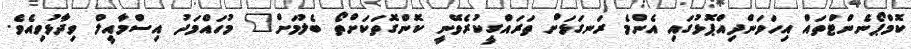
ކޮމްޕޯނެންޓްތައް އިހަވަންދިއްޕޮޅުގައި އެންމެ ރަނގަޅަށް ތަރައްގީކުރެވޭނީ ކޮންގޮތަކަށްތޯ ބެލުމަށް" މުހައްމަދު އިސްމާއީލް ވިދާޅުވިއެވެ.